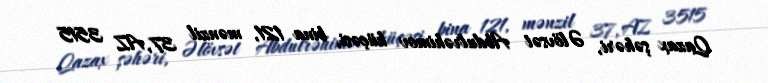
Qazax şəhəri, Əlövsət Abdulrəhimov küçəsi, bina 121, mənzil 37, AZ 3515